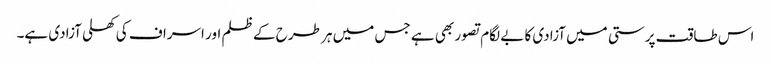
اس طاقت پرستی میں آزادی کا بے لگام تصور بھی ہے جس میں ہر طرح کے ظلم اور اسراف کی کھلی آزادی ہے۔